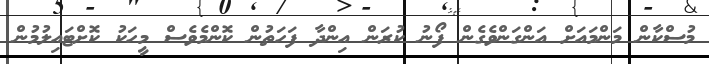
މުސްކާން މަންމައަށް އަންގަންވެގެން ފޯނު ކުރަން އިންދާ ފަހަތުން ކޮންމެވެސް މީހަކު ކޮށްޓައިލުމުން